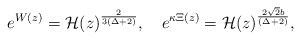
\begin{align*}e^{W(z)} = {\cal H}(z)^{\frac{2}{3(\Delta+2)}},\quad e^{\kappa \Xi(z)}={\cal H}(z)^{\frac{2 \sqrt{2}b}{(\Delta+2)}},\end{align*}